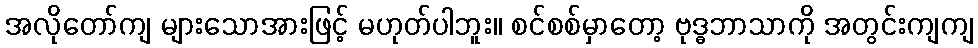
အလိုတော်ကျ များသောအားဖြင့် မဟုတ်ပါဘူး။ စင်စစ်မှာတော့ ဗုဒ္ဓဘာသာကို အတွင်းကျကျ